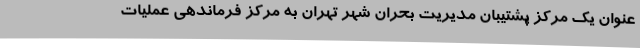
عنوان یک مرکز پشتیبان مدیریت بحران شهر تهران به مرکز فرماندهی عملیات